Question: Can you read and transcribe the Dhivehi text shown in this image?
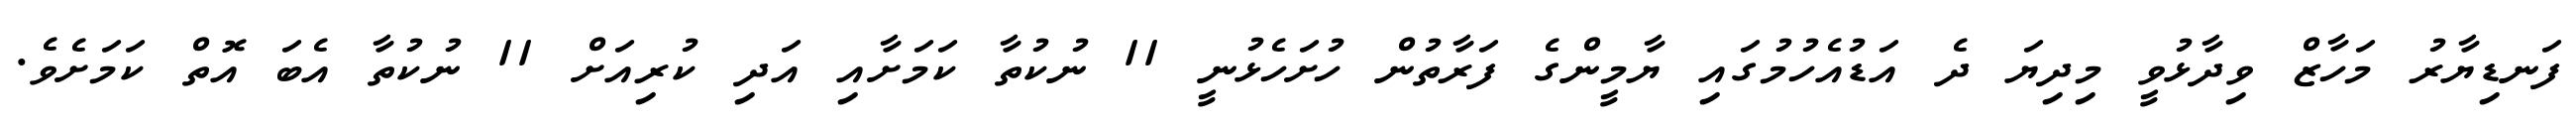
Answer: ފަނޑިޔާރު މަހާޒް ވިދާޅުވީ މިދިޔަ ދެ އަޑުއެހުމުގައި ޔާމީންގެ ފަރާތުން ހުށަހެޅުނީ 11 ނުކުތާ ކަމަށާއި އަދި ކުރިއަށް 11 ނުކުތާ އެބަ އޮތް ކަމަށެވެ.